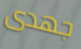
جهدى